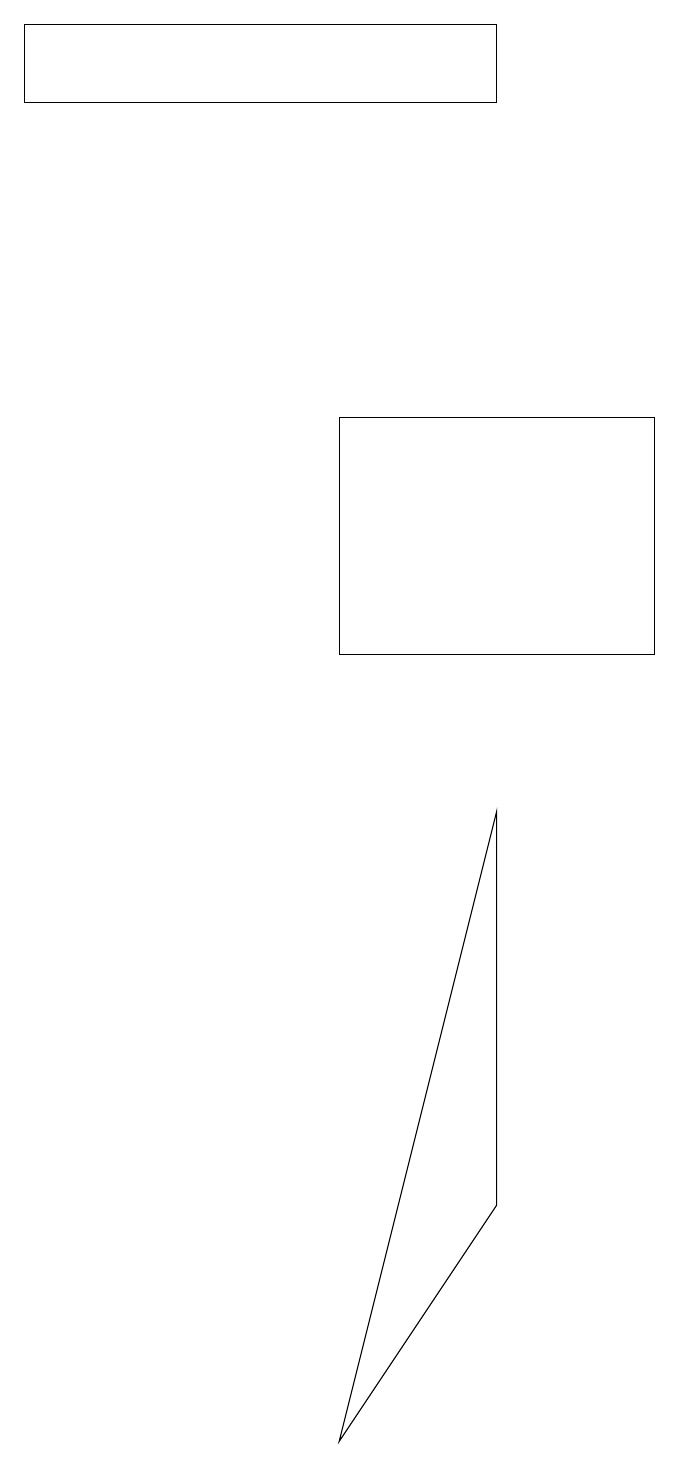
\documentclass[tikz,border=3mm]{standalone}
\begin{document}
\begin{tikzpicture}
\draw (6,3) -- (4,0) -- (6,8) -- cycle;
\draw (6,18) rectangle (0,17);
\draw (4,10) rectangle (8,13);
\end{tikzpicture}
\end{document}